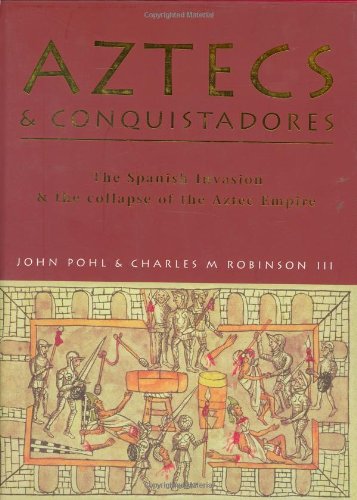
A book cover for Aztecs and Conquistadores: The Spanish Invasion and the Collapse of the Aztec Empire (General Military); John Pohl; History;